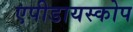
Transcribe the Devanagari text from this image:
एपीडायस्कोप